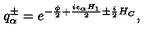
q _ { \alpha } ^ { \pm } = e ^ { - { \frac { \phi } { 2 } } + { \frac { i \epsilon _ { \alpha } H _ { 1 } } { 2 } } \pm { \frac { i } { 2 } } H _ { C } } ,